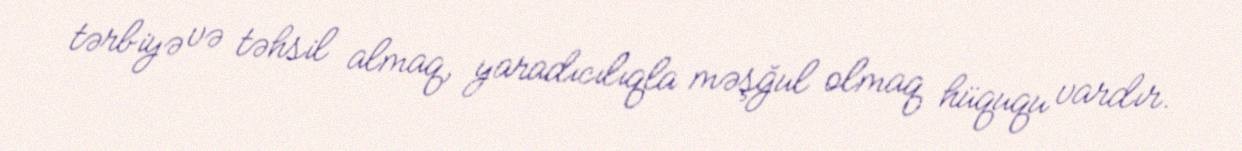
tərbiyə və təhsil almaq, yaradıcılıqla məşğul olmaq hüququ vardır.